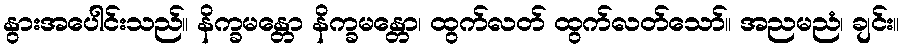
နွားအပေါင်းသည်။ နိက္ခမန္တော နိက္ခမန္တော၊ ထွက်လတ် ထွက်လတ်သော်။ အညမညံ၊ ချင်း။